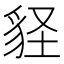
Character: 𧲵